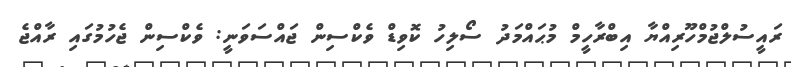
ރައީސުލްޖުމްހޫރިއްޔާ އިބްރާހީމް މުޙައްމަދު ސޯލިހު ކޮވިޑް ވެކްސިން ޖައްސަވަނީ: ވެކްސިން ޖެހުމުގައި ރާއްޖެ